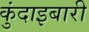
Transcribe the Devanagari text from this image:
कुंदाइबारी